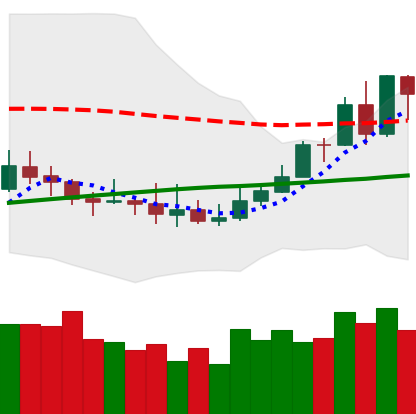
Ticker: XMR-USD
Chart end date: 2019-08-08
Forward return: -10.121%
Label: down_7plus